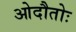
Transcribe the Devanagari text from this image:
ओदौतोः